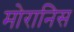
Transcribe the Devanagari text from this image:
मोरानिस